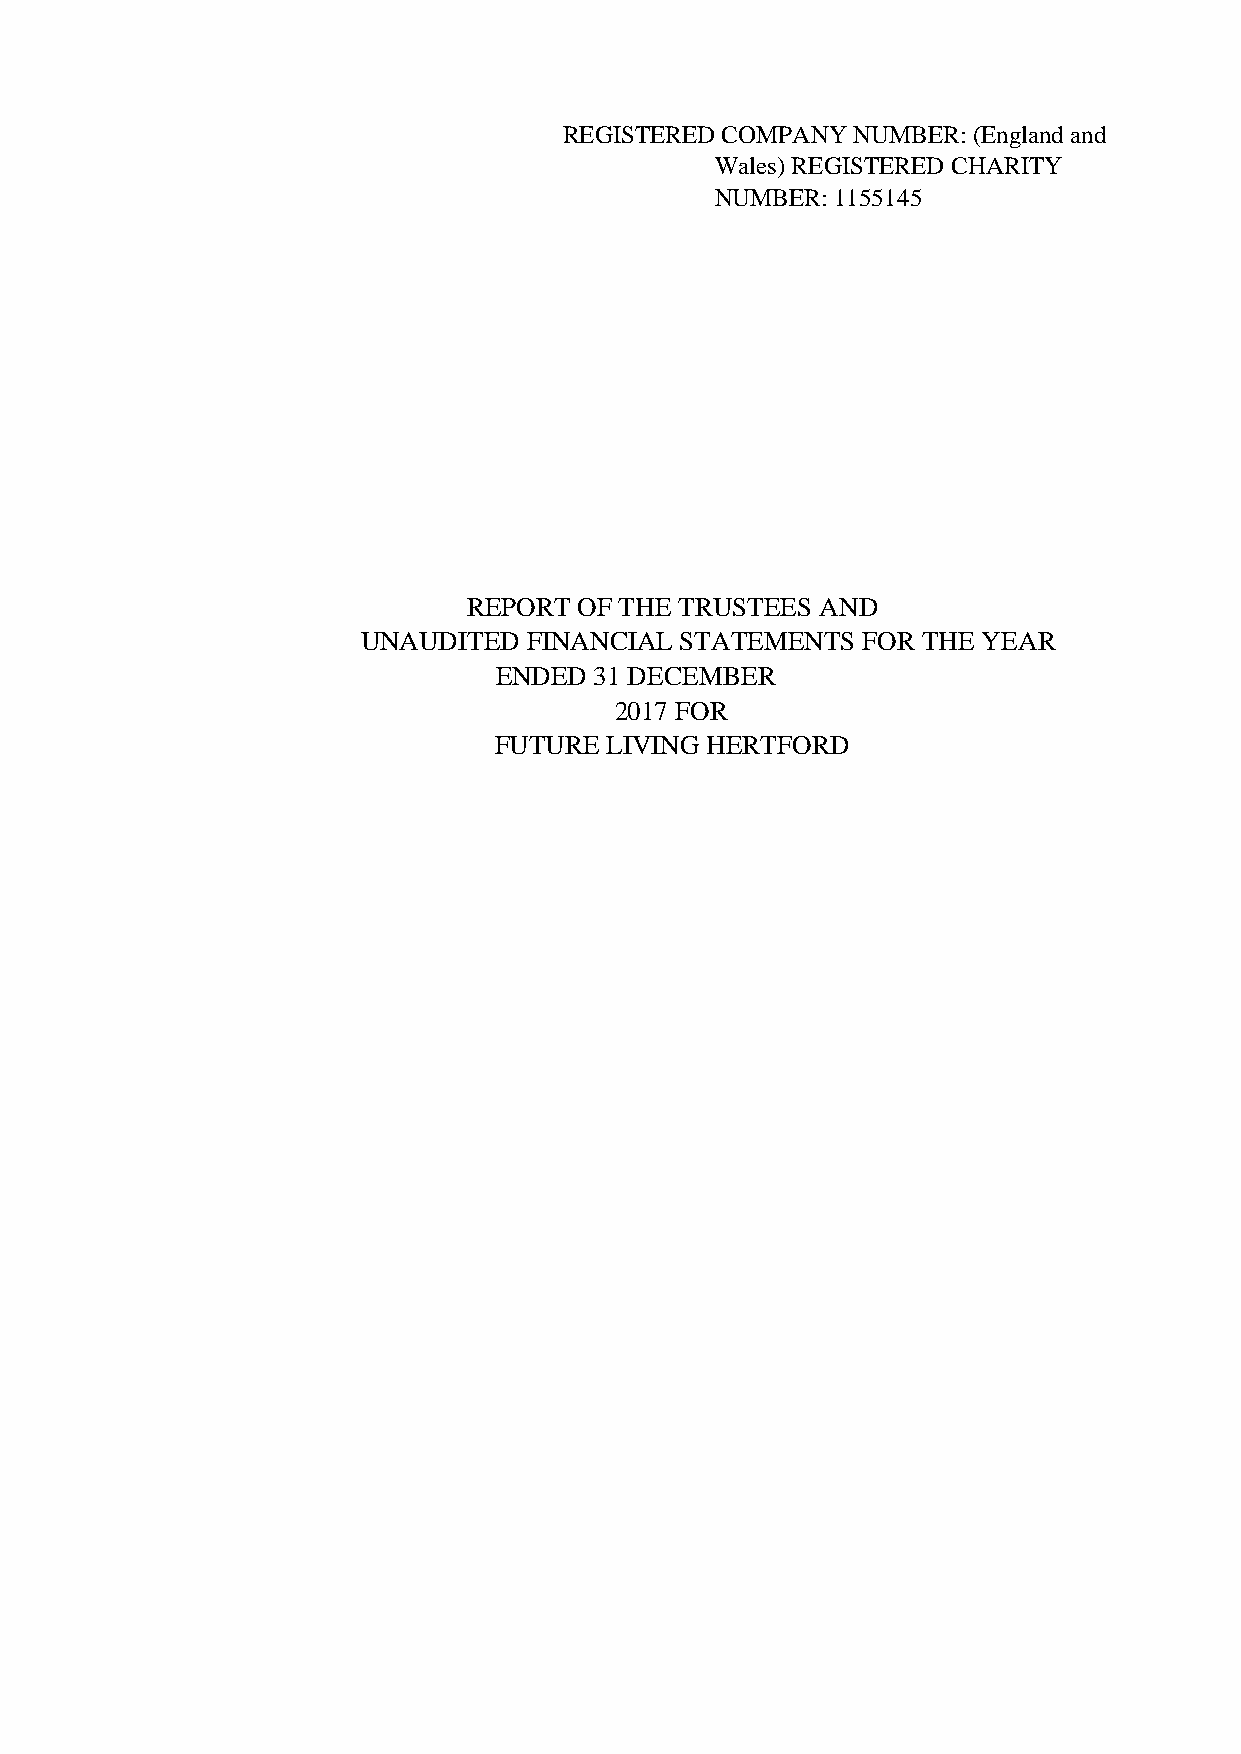
REGISTERED COMPANY NUMBER: (England and
 Wales) REGISTERED CHARITY
 NUMBER: 1155145
 REPORT OF THE TRUSTEES AND
 UNAUDITED  FINANCIAL STATEMENTS  FOR THE YEAR
 ENDED 31 DECEMBER
 2017 FOR
 FUTURE LIVING HERTFORD